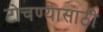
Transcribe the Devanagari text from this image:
टोचण्यासाठी